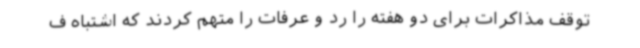
توقف مذاکرات برای دو هفته را رد و عرفات را متهم کردند که اشتباه ف